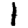
Digit: 1